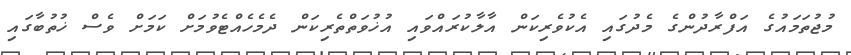
މުޖުތަމައުގެ އަފްރާދުންގެ މެދުގައި އެކުވެރިކަން އާލާކުރައްވައި އުޚުވަތްތެެރިކަން ދެމެހެއްޓެވުމަށް ކަމަށް ވެސް ޚުތުބާގައި